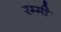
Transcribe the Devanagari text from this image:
रम्मी